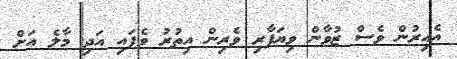
އެއިރުން ވެސް ޒުވާން ވިޔަފާރި ވެރިން އިތުރު ވެފައި އަދި މާލެ އަށް